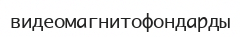
видеомагнитофондарды